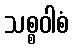
သစ္စဝါစံ